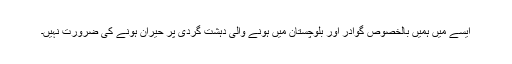
ایسے میں ہمیں بالخصوص گوادر اور بلوچستان میں ہونے والی دہشت گردی پر حیران ہونے کی ضرورت نہیں۔